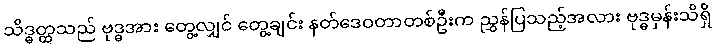
သိဒ္ဓတ္ထသည် ဗုဒ္ဓအား တွေ့လျှင် တွေ့ချင်း နတ်ဒေဝတာတစ်ဦးက ညွှန်ပြသည့်အလား ဗုဒ္ဓမှန်းသိရှိ